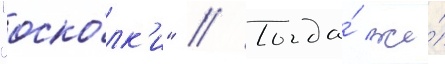
"оско́лк'и" // Тогда́ же́